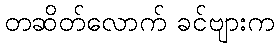
တဆိတ်လောက် ခင်ဗျားက